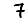
Digit: 7